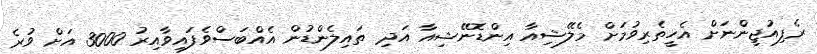
ރެފިއުޖީންނަށް އެހީތެރިވުމަށް މެލޭޝިއާ އިންޑޮނޭޝިއާ އަދި ތައިލެންޑުން އެއްބަސްވެފައިވާއިރު 3000 އަށް ވުރެ